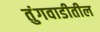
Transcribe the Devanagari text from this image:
तुंगवाडीतील